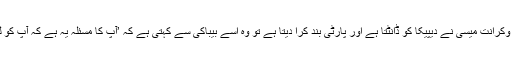
اپنی این جی او میں چھوٹی سی کامیابی پر پارٹی کرنے والی دیپکا کو جب وکرانت میسی نے دیپیکا کو ڈانٹتا ہے اور پارٹی بند کرا دیتا ہے تو وہ اسے بیباکی سے کہتی ہے کہ ’آپ کا مسئلہ یہ ہے کہ آپ کو لگتا ہے کہ یہ حادثہ آپ کے ساتھ ہوا، لیکن تیزاب کا حملہ مجھ پر ہوا ہے۔